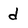
Character: d